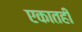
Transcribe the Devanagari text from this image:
एकातही